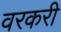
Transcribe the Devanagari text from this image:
वरकरी